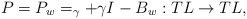
\begin{align*} P=P_w=_\gamma+\gamma I-B_w:TL\rightarrow TL, \end{align*}